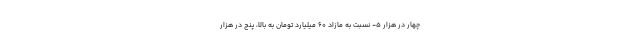
چهار در هزار ۵- نسبت به مازاد ۶۰ میلیارد تومان به بالا، پنج در هزار